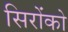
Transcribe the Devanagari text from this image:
सिरोंको